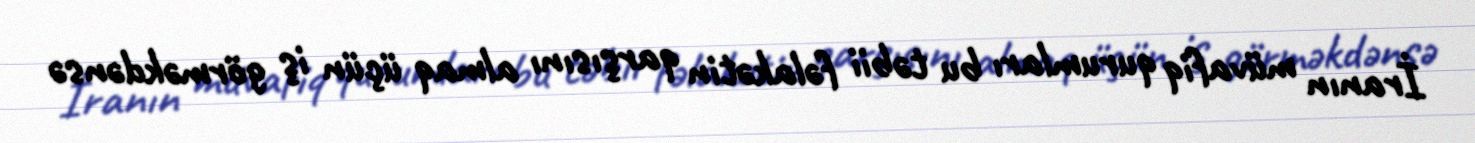
İranın müvafiq qurumları bu təbii fəlakətin qarşısını almaq üçün iş görməkdənsə